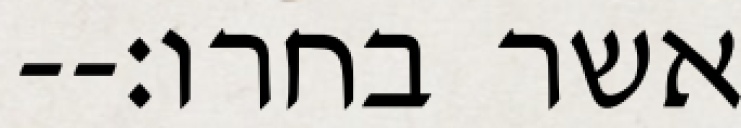
אשר בחרו׃--